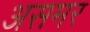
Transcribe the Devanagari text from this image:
असमर